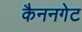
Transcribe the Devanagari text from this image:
कैननगेट